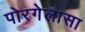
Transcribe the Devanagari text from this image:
पोरगेलासा